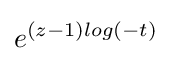
e^{(z-1)log(-t)}